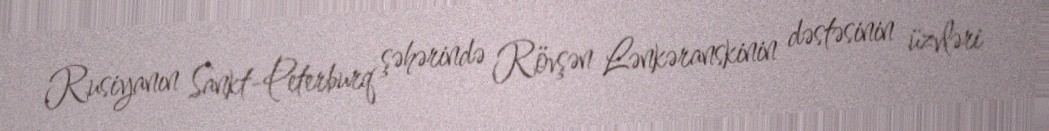
Rusiyanın Sankt-Peterburq şəhərində Rövşən Lənkəranskinin dəstəsinin üzvləri